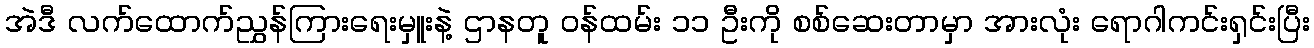
အဲဒီ လက်ထောက်ညွှန်ကြားရေးမှူးနဲ့ ဌာနတူ ဝန်ထမ်း ၁၁ ဦးကို စစ်ဆေးတာမှာ အားလုံး ရောဂါကင်းရှင်းပြီး